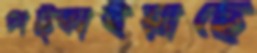
পট্‌কাইয়াছে